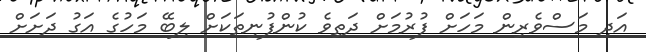
އަދި މަސްވެރިން މަހަށް ފުރުމަށް ދަތިވެ ކުންފުނިތަކަށް ލިބޭ މަހުގެ އަގު ދަށަށް